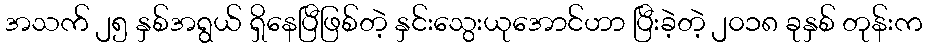
အသက် ၂၅ နှစ်အရွယ် ရှိနေပြီဖြစ်တဲ့ နှင်းသွေးယုအောင်ဟာ ပြီးခဲ့တဲ့ ၂၀၁၈ ခုနှစ် တုန်းက